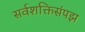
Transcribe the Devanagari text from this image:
सर्वशक्तिसंपझ